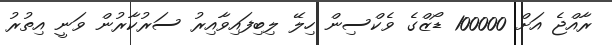
ރާއްޖެ އަށް 100000 ޑޯޒްގެ ވެކްސިން ހިލޭ ލިިބިފައިވާއިރު ސަރުކާރުން ވަނީ އިތުރު